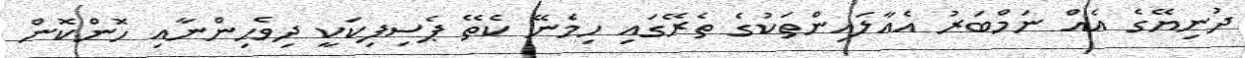
ދުނިޔޭގެ އެއް ނަމްބަރު އެއާލައިންތަކުގެ ތެރޭގައި ހިމެނޭ ކެތޭ ޕެސިފިކަކީ ދިވެހިންނާއި ހޮންކޮން